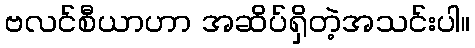
ဗလင်စီယာဟာ အဆိပ်ရှိတဲ့အသင်းပါ။